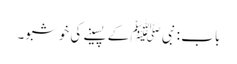
باب : نبی ﷺ کے پسینے کی خوشبو۔